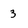
Character: 3